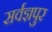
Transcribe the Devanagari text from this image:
सर्वज्ञपुर